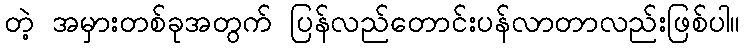
တဲ့ အမှားတစ်ခုအတွက် ပြန်လည်တောင်းပန်လာတာလည်းဖြစ်ပါ။